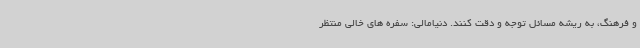
و فرهنگ، به ریشه مسائل توجه و دقت کنند. دنیامالی: سفره های خالی منتظر